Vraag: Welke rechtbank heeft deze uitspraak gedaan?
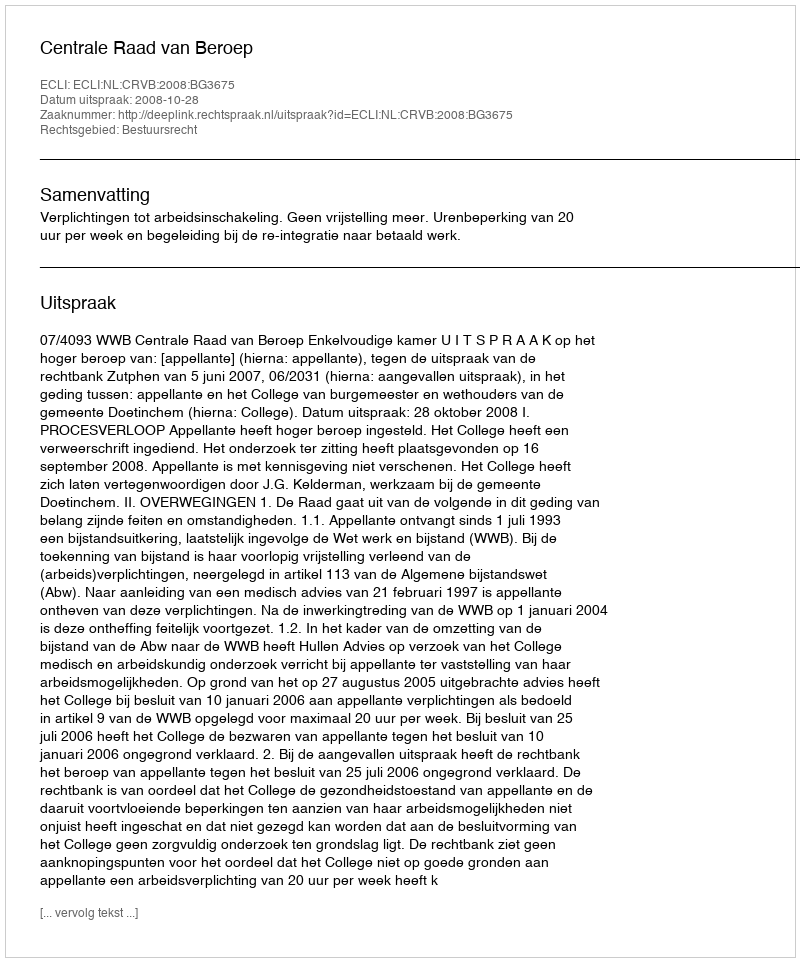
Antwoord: Centrale Raad van Beroep